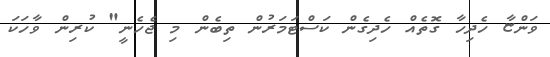
ވަންޏާ ހެދިހާ ގޮތެއް ހެދިގެން ކަސްޓަމަރުން ތިބެން މި ޖެހެނީ" ކުރިން ވާހަކަ